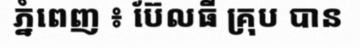
ភ្នំពេញ ៖ ប៊ែលធី គ្រុប បាន